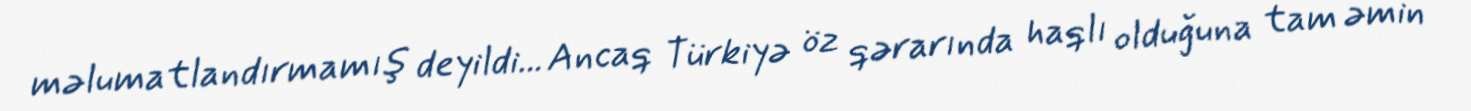
məlumatlandırmamış deyildi... Ancaq Türkiyə öz qərarında haqlı olduğuna tam əmin